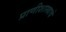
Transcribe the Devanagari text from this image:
प्राणीशास्त्राचे